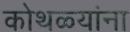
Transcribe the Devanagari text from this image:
कोथळ्यांना